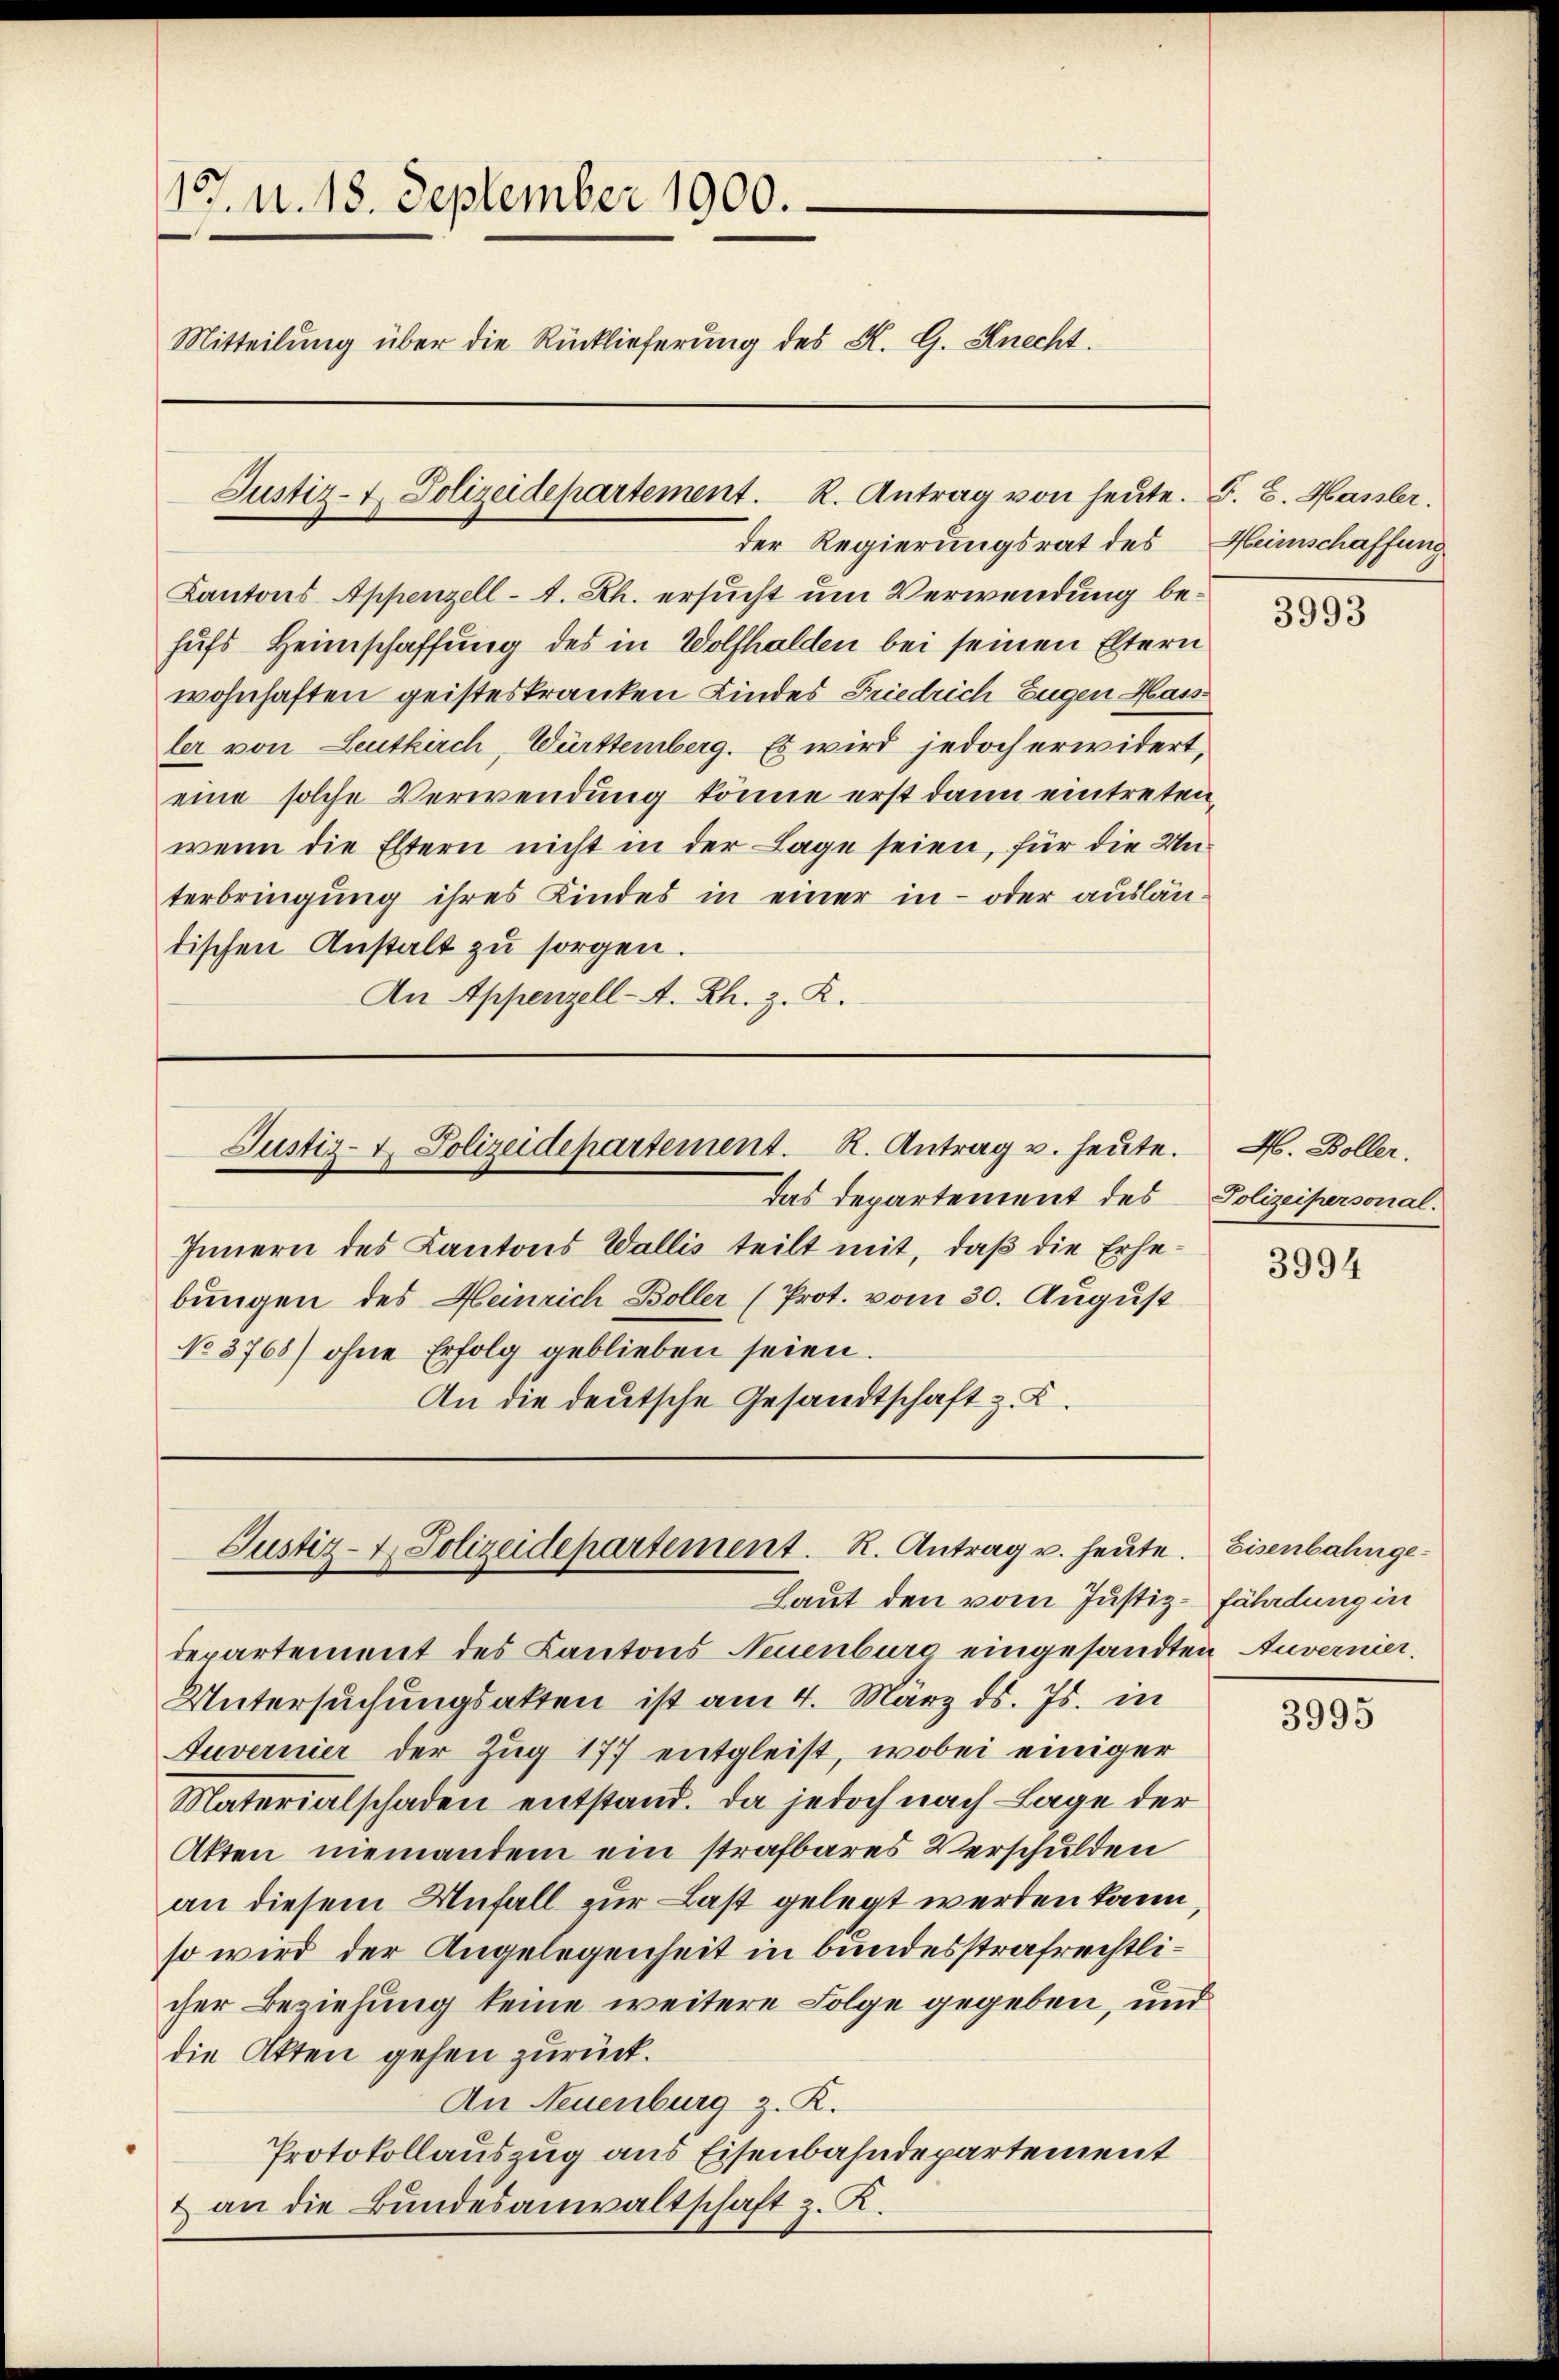
15. M. 18. September 1900.
Mitteilung über die Rücklieferung des K. G. Knecht.
Justiz- u. Polizeidepartement. R. Antrag von heute. F. B. Masser.

der Regierungsrat des
Kantons Appenzell-t. Rh. ersucht um Verwendung behufs Heimschaffung des in Wolfhalden bei seinen Eltern
wohnhaften geisteskranken Kindes Friedrich Eugen Hass
ler von Leutkirch, Württemberg. Es wird jedoch erwidert,
eine solche Verwendung könne erst dann eintreten,
wenn die Eltern nicht in der Lage seien, für die Unterbringung ihres Kindes in einer in- oder auslän-
tischen Anstalt zu sorgen.
An Appenzell A. Rh. z. K.

Justiz- & Polizeidepartement. K. Antrag u. heute.

Justiz- & Polizeidepartement. R. Antrag u. heute. Eisenbahnge¬
Laut den vom Justiz-fährdung in

Innern des Kantons Wallis teilt mit, daß die Erhebungen des Heinrich Boller (Prot. vom 30. August
No 3768) ohne Erfolg geblieben seien.
An die deutsche Gesandtschaft z. K.

das Departement des Polizeipersonal¬

departement des Kantons Neuenburg eingesandten Anvernier-
Untersuchungsakten ist am 4. März d. Js. in
Auvernier der Zug 177 entgleist, wobei einiger
Materialschaden entstand. Da jedoch nach Lage der
Akten niemandem ein strafbares Verschulden
an diesem Unfall zur Last gelegt werden kann,
so wird der Angelegenheit in bundesstrafrechtlicher Beziehung keine weitere Folge gegeben, und
die Akten gehen zurück.
An Neuenburg z. R.
Protokollauszug aus Eisenbahndepartement
& an die Bundesanwaltschaft z. R.

Heimschaffung

3993

A. Boller.

3994

3995